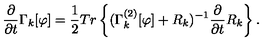
\frac { \partial } { \partial { t } } \Gamma _ { k } [ \varphi ] = \frac { 1 } { 2 } { T } { r } \left\{ ( \Gamma _ { k } ^ { ( 2 ) } [ \varphi ] + { R } _ { k } ) ^ { - 1 } \frac { \partial } { \partial { t } } { R } _ { k } \right\} .